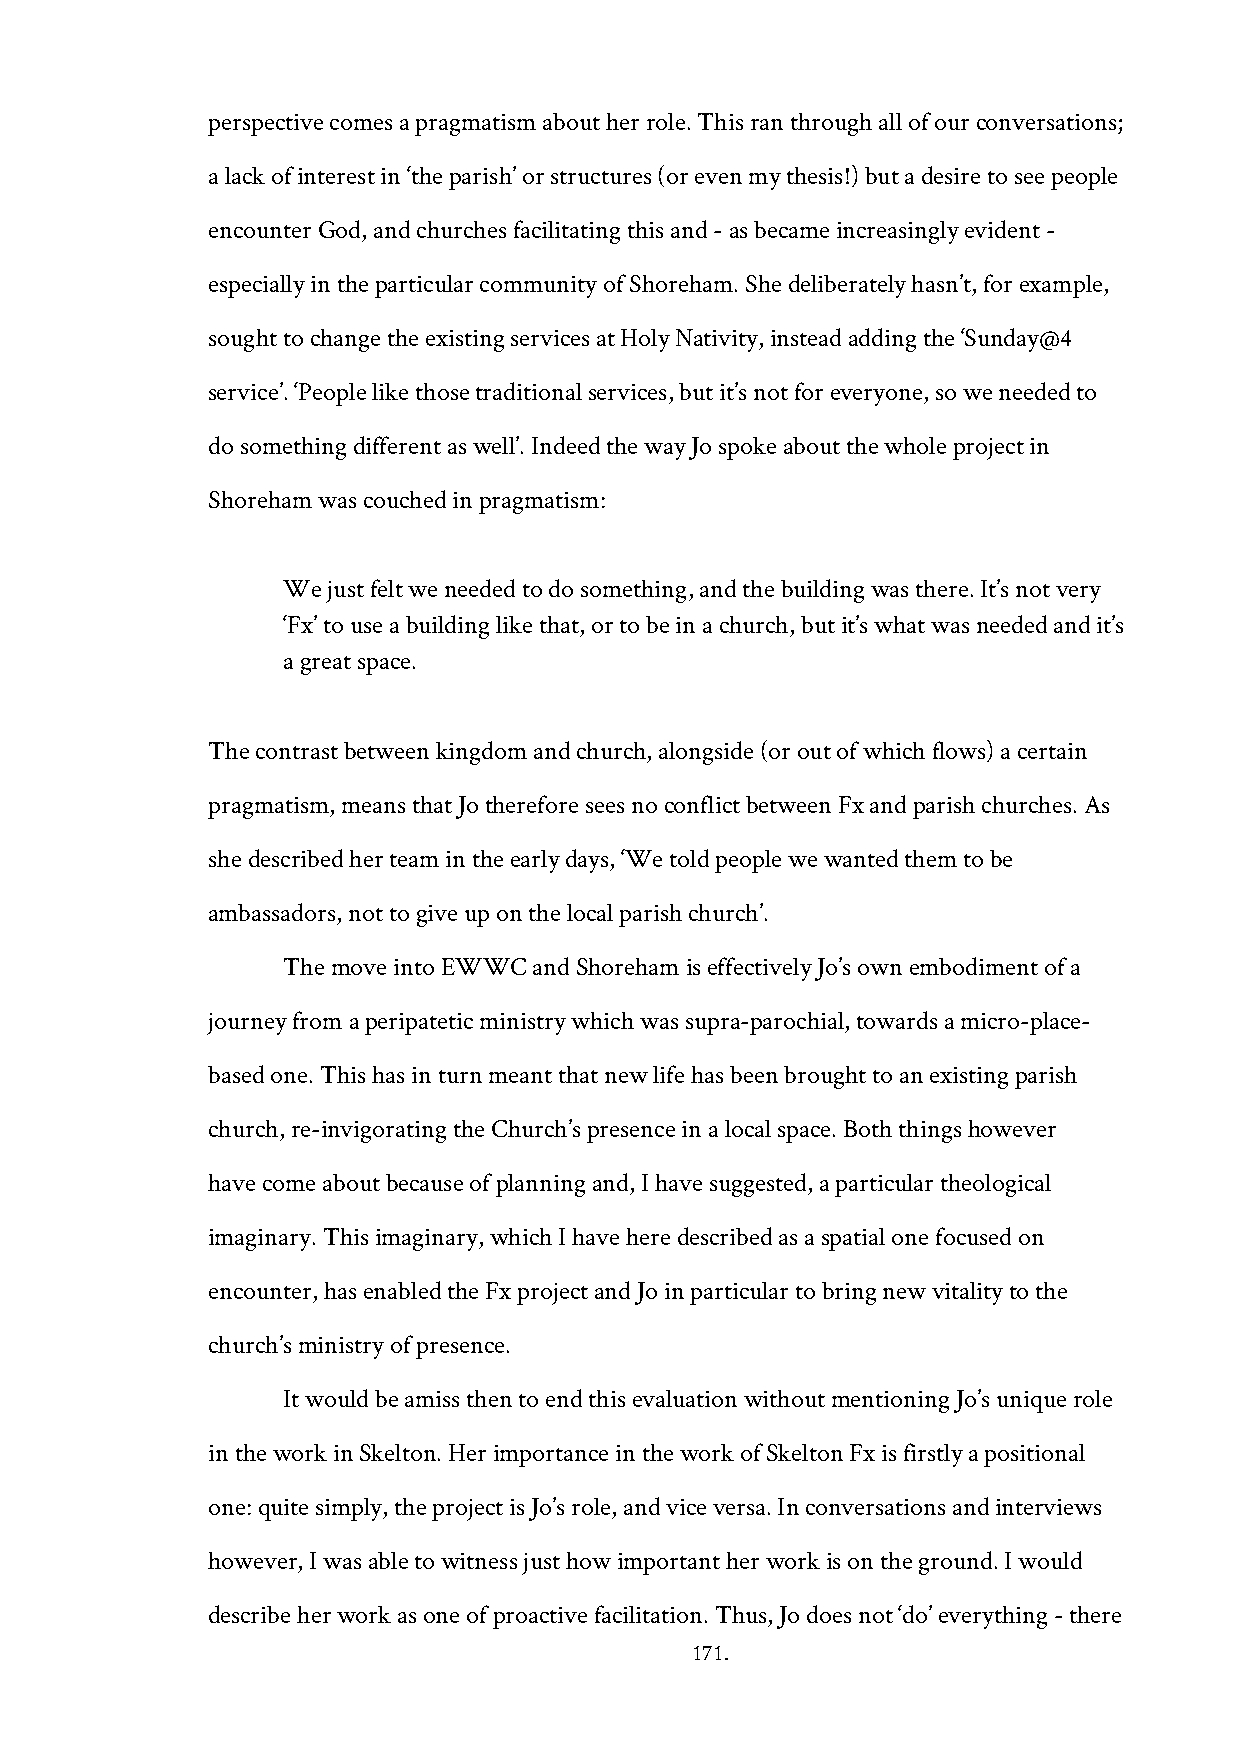
perspective comes a pragmatism about her role. This ran through all of our conversations;
 a lack of interest in ‘the parish’ or structures (or even my thesis!) but a desire to see people
 encounter God, and churches facilitating this and - as became increasingly evident -
 especially in the particular community of Shoreham. She deliberately hasn’t, for example,
 sought to change the existing services at Holy Nativity, instead adding the ‘Sunday@4
 service’. ‘People like those traditional services, but it’s not for everyone, so we needed to
 do something different as well’. Indeed the way Jo spoke about the whole project in
 Shoreham was couched in pragmatism:
 We just felt we needed to do something, and the building was there. It’s not very
 ‘Fx’ to use a building like that, or to be in a church, but it’s what was needed and it’s
 a great space.
 The contrast between kingdom and church, alongside (or out of which flows) a certain
 pragmatism, means that Jo therefore sees no conflict between Fx and parish churches. As
 she described her team in the early days, ‘We told people we wanted them to be
 ambassadors, not to give up on the local parish church’.
 The move into EWWC and Shoreham is effectively Jo’s own embodiment of a
 journey from a peripatetic ministry which was supra-parochial, towards a micro-place-
 based one. This has in turn meant that new life has been brought to an existing parish
 church, re-invigorating the Church’s presence in a local space. Both things however
 have come about because of planning and, I have suggested, a particular theological
 imaginary. This imaginary, which I have here described as a spatial one focused on
 encounter, has enabled the Fx project and Jo in particular to bring new vitality to the
 church’s ministry of presence.
 It would be amiss then to end this evaluation without mentioning Jo’s unique role
 in the work in Skelton. Her importance in the work of Skelton Fx is firstly a positional
 one: quite simply, the project is Jo’s role, and vice versa. In conversations and interviews
 however, I was able to witness just how important her work is on the ground. I would
 describe her work as one of proactive facilitation. Thus, Jo does not ‘do’ everything - there
 171.